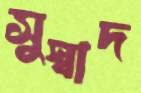
সুস্বাদ